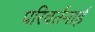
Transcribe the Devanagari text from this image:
परिवर्तनार्ह